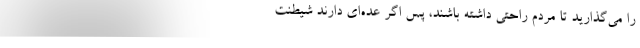
را می‌گذارید تا مردم راحتی داشته باشند، پس اگر عده‌ای دارند شیطنت